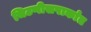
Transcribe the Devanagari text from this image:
चिटणीसपार्कात